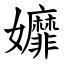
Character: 孊